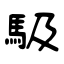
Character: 馺